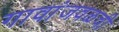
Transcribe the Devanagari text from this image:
गावांजवळची